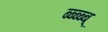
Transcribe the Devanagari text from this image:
ब्ब्ब्ब्ब्